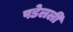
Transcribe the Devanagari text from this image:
पडेलली